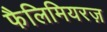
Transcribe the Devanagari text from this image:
फैलिमियरज़